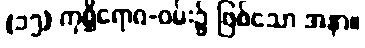
(၁၅) ကုစ္ဆိရောဂ-ဝမ်း၌ ဖြစ်သော အနာ။